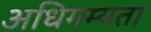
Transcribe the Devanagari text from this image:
अधिगम्यता